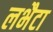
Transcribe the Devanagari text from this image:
लभैटा